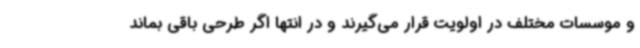
و موسسات مختلف در اولویت قرار می‌گیرند و در انتها اگر طرحی باقی بماند